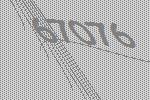
67076